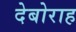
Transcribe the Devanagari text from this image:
देबोराह